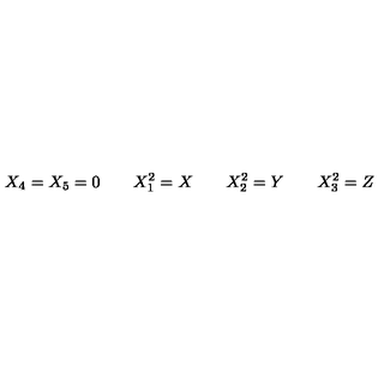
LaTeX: X _ { 4 } = X _ { 5 } = 0 \quad \quad X _ { 1 } ^ { 2 } = X \quad \quad X _ { 2 } ^ { 2 } = Y \quad \quad X _ { 3 } ^ { 2 } = Z